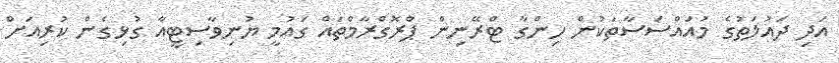
އަދި ދައުލަތުގެ މުއައްސަސާތަކުން ހިންގާ ޓްރޭނިން ޕްރޮގްރާމްތައް ގައުމީ ޔުނިވާސިޓީއާ ގުޅިގެން ކުރިއަށް